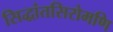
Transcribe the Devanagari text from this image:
सिद्धांतसिरोमणि